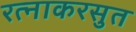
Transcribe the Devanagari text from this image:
रत्नाकरसुत